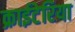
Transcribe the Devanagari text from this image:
क्राईटेरिया